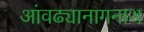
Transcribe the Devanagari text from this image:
आंवढ्यानागनाथ